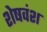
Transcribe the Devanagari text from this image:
शेषवंश